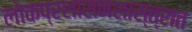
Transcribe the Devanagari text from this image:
लोकप्रशासनशास्त्रात